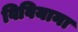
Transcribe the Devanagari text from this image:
विवियाना